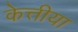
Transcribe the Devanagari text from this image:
केत्तीया